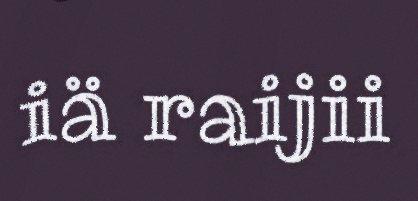
iä raijii